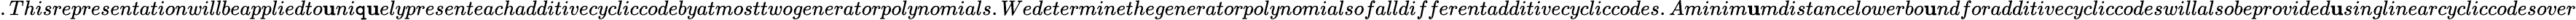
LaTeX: .Thisrepresentationwillbeappliedto\mathbf{u}ni\mathtt{q}\mathbf{u}elypresenteachadditivecycliccodebyatmosttwogeneratorpolynomials.Wedeterminethegeneratorpolynomialsofalldifferentadditivecycliccodes.Aminim\mathbf{u}mdistancelowerbo\mathbf{u}ndforadditivecycliccodeswillalsobeprovided\mathbf{u}singlinearcycliccodesover